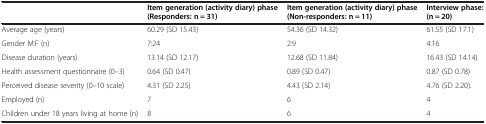
|  | Item generation (activity diary) phase (Responders: n = 31) | Item generation (activity diary) phase (Non-responders: n = 11) | Interview phase: (n = 20) |
 | --- | --- | --- | --- |
 | Average age (years) | 60.29 (SD 15.43) | 54.36 (SD 14.32) | 61.55 (SD 17.1) |
 | Gender M:F (n) | 7:24 | 2:9 | 4:16 |
 | Disease duration (years) | 13.14 (SD 12.17) | 12.68 (SD 11.84) | 16.43 (SD 14.14) |
 | Health assessment questionnaire (0–3) | 0.64 (SD 0.47) | 0.89 (SD 0.47) | 0.87 (SD 0.78) |
 | Perceived disease severity (0–10 scale) | 4.31 (SD 2.25) | 4.43 (SD 2.14) | 4.76 (SD 2.20). |
 | Employed (n) | 7 | 6 | 4 |
 | Children under 18 years living at home (n) | 8 | 6 | 4 |